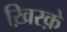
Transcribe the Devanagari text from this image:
ख़िरक़े